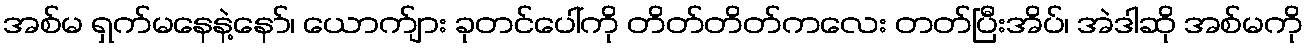
အစ်မ ရှက်မနေနဲ့နော်၊ ယောက်ျား ခုတင်ပေါ်ကို တိတ်တိတ်ကလေး တတ်ပြီးအိပ်၊ အဲဒါဆို အစ်မကို